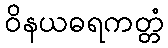
ဝိနယဓရကတ္တံ